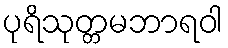
ပုရိသုတ္တမဘာရဝါ